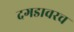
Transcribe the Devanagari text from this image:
दगडावरच